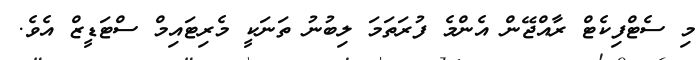
މި ސެޓްފިކެޓް ރާއްޖޭން އެންމެ ފުރަތަމަ ލިބުނު ތަނަކީ މެރިޓައިމް ސްޓަޑީޒް އެވެ.